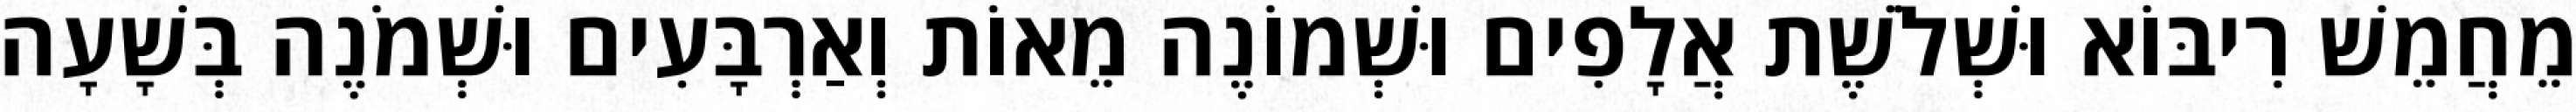
מֵחֲמֵשׁ רִיבּוֹא וּשְׁלֹשֶׁת אֲלָפִים וּשְׁמוֹנֶה מֵאוֹת וְאַרְבָּעִים וּשְׁמֹנֶה בְּשָׁעָה